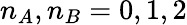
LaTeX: n_{A},n_{B}=0,1,2